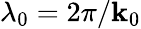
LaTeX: \lambda_{0}=2\pi/\mathbf{k}_{0}